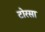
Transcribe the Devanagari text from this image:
टोरसा